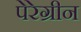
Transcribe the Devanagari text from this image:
पेरेग्रीन